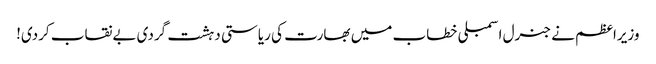
وزیراعظم نے جنرل اسمبلی خطاب میں بھارت کی ریاستی دہشت گردی بےنقاب کردی!